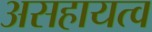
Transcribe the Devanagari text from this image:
असहायत्व